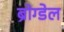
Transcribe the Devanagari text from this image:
ब्रोग्डेल